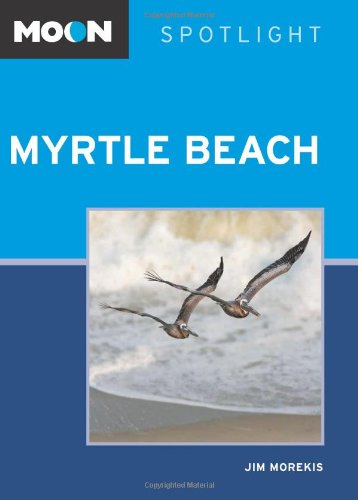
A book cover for Moon Spotlight Myrtle Beach; Jim Morekis; Travel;